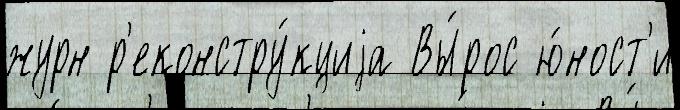
журн р'еконстру́кциjа Вы́рос ю́ност'и